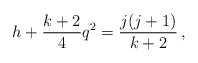
\begin{align*}h + \frac{k+2}{4} q^2 = \frac{j(j+1)}{k+2} \,,\end{align*}